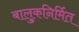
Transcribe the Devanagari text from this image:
बालुकनिर्मित